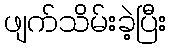
ဖျက်သိမ်းခဲ့ပြီး